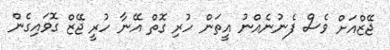
ޖޭޒްއަށް ވެސް ފެނުނެއްނު އީތަން ހުރި ގޮތް އޭނާ ހުރީ ޖޭޒް ގޮވައިގެން